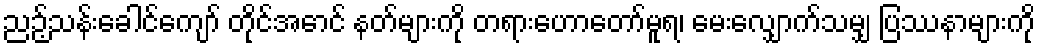
ညဉ့်သန်းခေါင်ကျော် တိုင်အောင် နတ်များကို တရားဟောတော်မူရ၊ မေးလျှောက်သမျှ ပြဿနာများကို